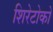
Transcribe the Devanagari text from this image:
शिरेटोको